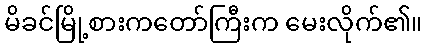
မိခင်မြို့စားကတော်ကြီးက မေးလိုက်၏။